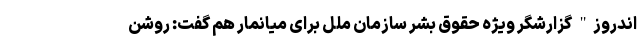
اندروز" گزارشگر ویژه حقوق بشر سازمان ملل برای میانمار هم گفت: روشن